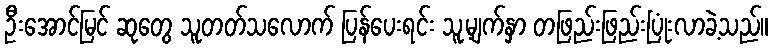
ဦးအောင်မြင် ဆုတွေ သူတတ်သလောက် ပြန်ပေးရင်း သူ့မျက်နှာ တဖြည်းဖြည်းပြုံးလာခဲ့သည်။